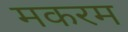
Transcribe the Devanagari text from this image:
मकरम